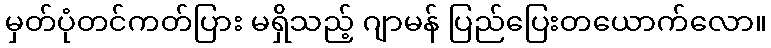
မှတ်ပုံတင်ကတ်ပြား မရှိသည့် ဂျာမန် ပြည်ပြေးတယောက်လော။